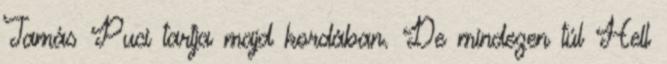
Tamás Puci tartja majd kordában. De mindezen túl Hell